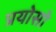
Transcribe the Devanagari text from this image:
प्रयोसो